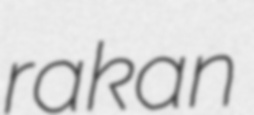
rakan